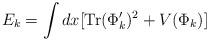
LaTeX: \begin{align*}E_k = \int dx [ {\rm Tr} (\Phi_k ')^2 + V(\Phi_k ) ]\end{align*}